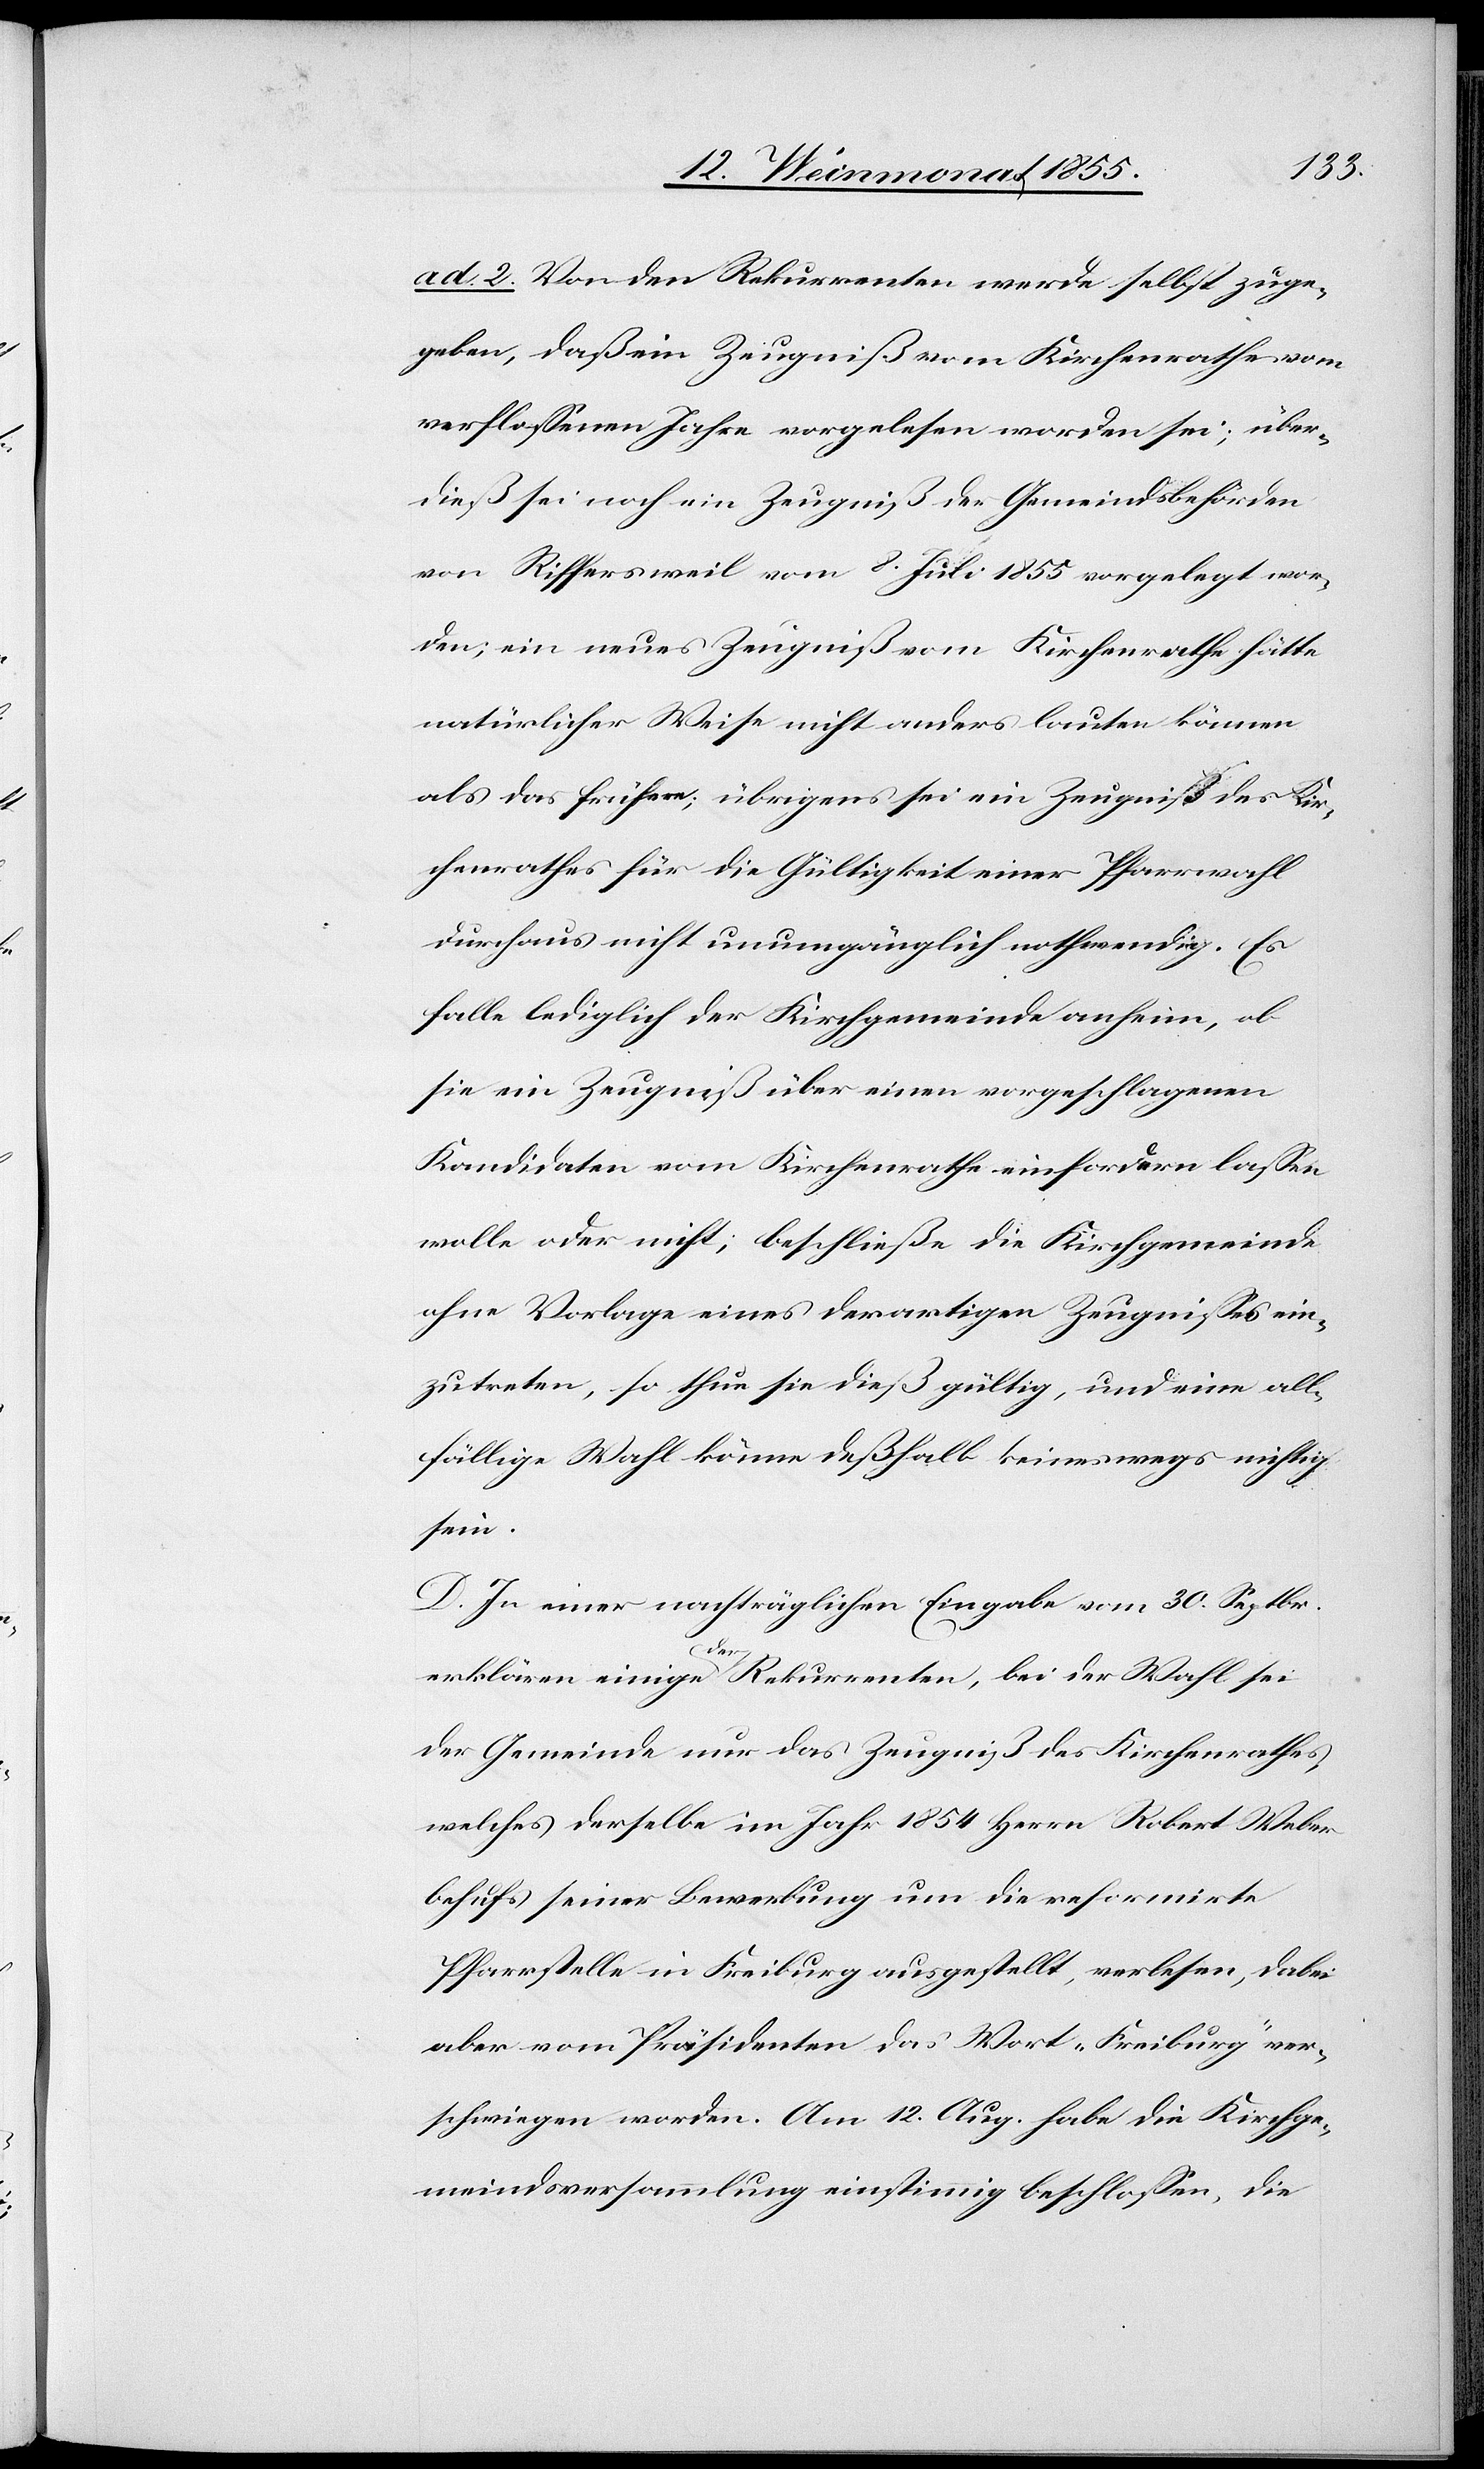
ad 2. Von den Rekurrenten werde selbst zuge¬
geben, daß ein Zeugniß vom Kirchenrathe vom
verflossenen Jahre vorgelesen worden sei; über¬
dieß sei noch ein Zeugniß der Gemeindsbehörden
von Riffersweil vom 8. Juli 1855 vorgelegt wor¬
den; ein neues Zeugniß vom Kirchenrathe hätte
natürlicher Weise nicht anders lauten können
als das frühere; übrigens sei ein Zeugniss des Kir¬
chenrathes für die Gültigkeit einer Pfarrwahl
durchaus nicht unumgänglich nothwendig. Es
falle lediglich der Kirchgemeinde anheim, ob
sie ein Zeugniß über einen vorgeschlagenen
Kandidaten vom Kirchenrathe einfordern lassen
wolle oder nicht; beschließe die Kirchgemeinde
ohne Vorlage eines derartigen Zeugnisses ein¬
zutreten, so thue sie dieß gültig, und eine all¬
fällige Wahl könne deßhalb keineswegs nichtig
sein.
D. In einer nachträglichen Eingabe vom 30. Septbr.
erklären einige der Rekurrenten, bei der Wahl sei
der Gemeinde nur das Zeugniß des Kirchenrathes
welches derselbe im Jahr 1854 Herrn Robert Weber
behufs seiner Bewerbung um die reformirte
Pfarrstelle in Freiburg ausgestellt, verlesen, dabei
aber vom Präsidenten das Wort „Freiburg“ ver¬
schwiegen worden. Am 12. Aug. habe die Kirchge¬
meindsversammlung einstimmig beschlossen, die